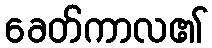
ခေတ်ကာလ၏